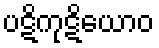
ပဋိကုဋိယောဝ